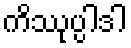
ကိဿုပ္ပါဒါ